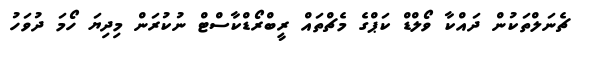
ޗެނަލްތަކުން ދައްކާ ވޯލްޑް ކަޕްގެ މެޗްތައް ރީބްރޯޑްކާސްޓް ނުކުރަން މިދިޔަ ހޯމަ ދުވަހު